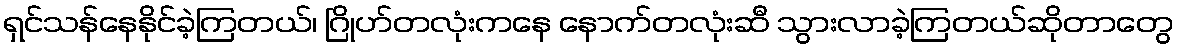
ရှင်သန်နေနိုင်ခဲ့ကြတယ်၊ ဂြိုဟ်တလုံးကနေ နောက်တလုံးဆီ သွားလာခဲ့ကြတယ်ဆိုတာတွေ